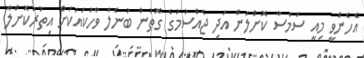
އެހެންވީ މިއީ ސަމާސާ ކޮށްލަން އަދި ޖެއްސުމުގެ ގޮތުން ބުނެލާ ވާހަކައަކަށް އިތުރުކޮށްލާ